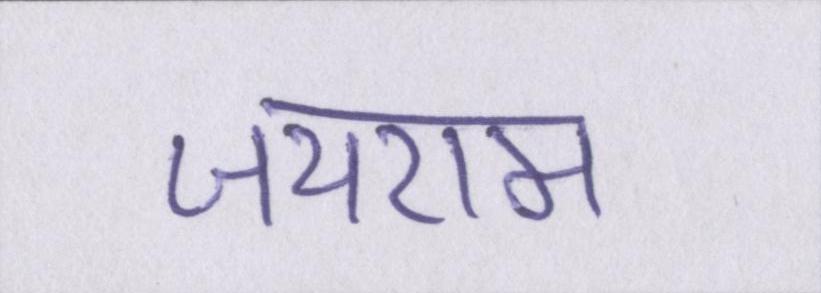
जयराम